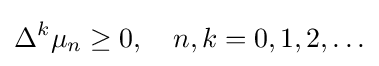
\Delta ^{k}\mu _{n}\geq 0,\quad n,k=0,1,2,\ldots